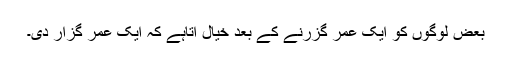
بعض لوگوں کو ایک عمر گزرنے کے بعد خیال آتاہے کہ ایک عمر گزار دی۔